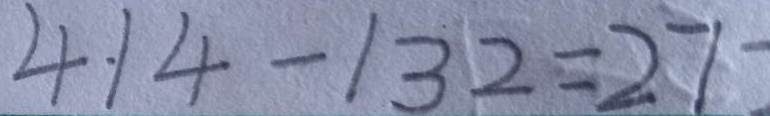
4 \cdot 1 4 - 1 3 2 = 2 7 2